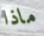
ماذا